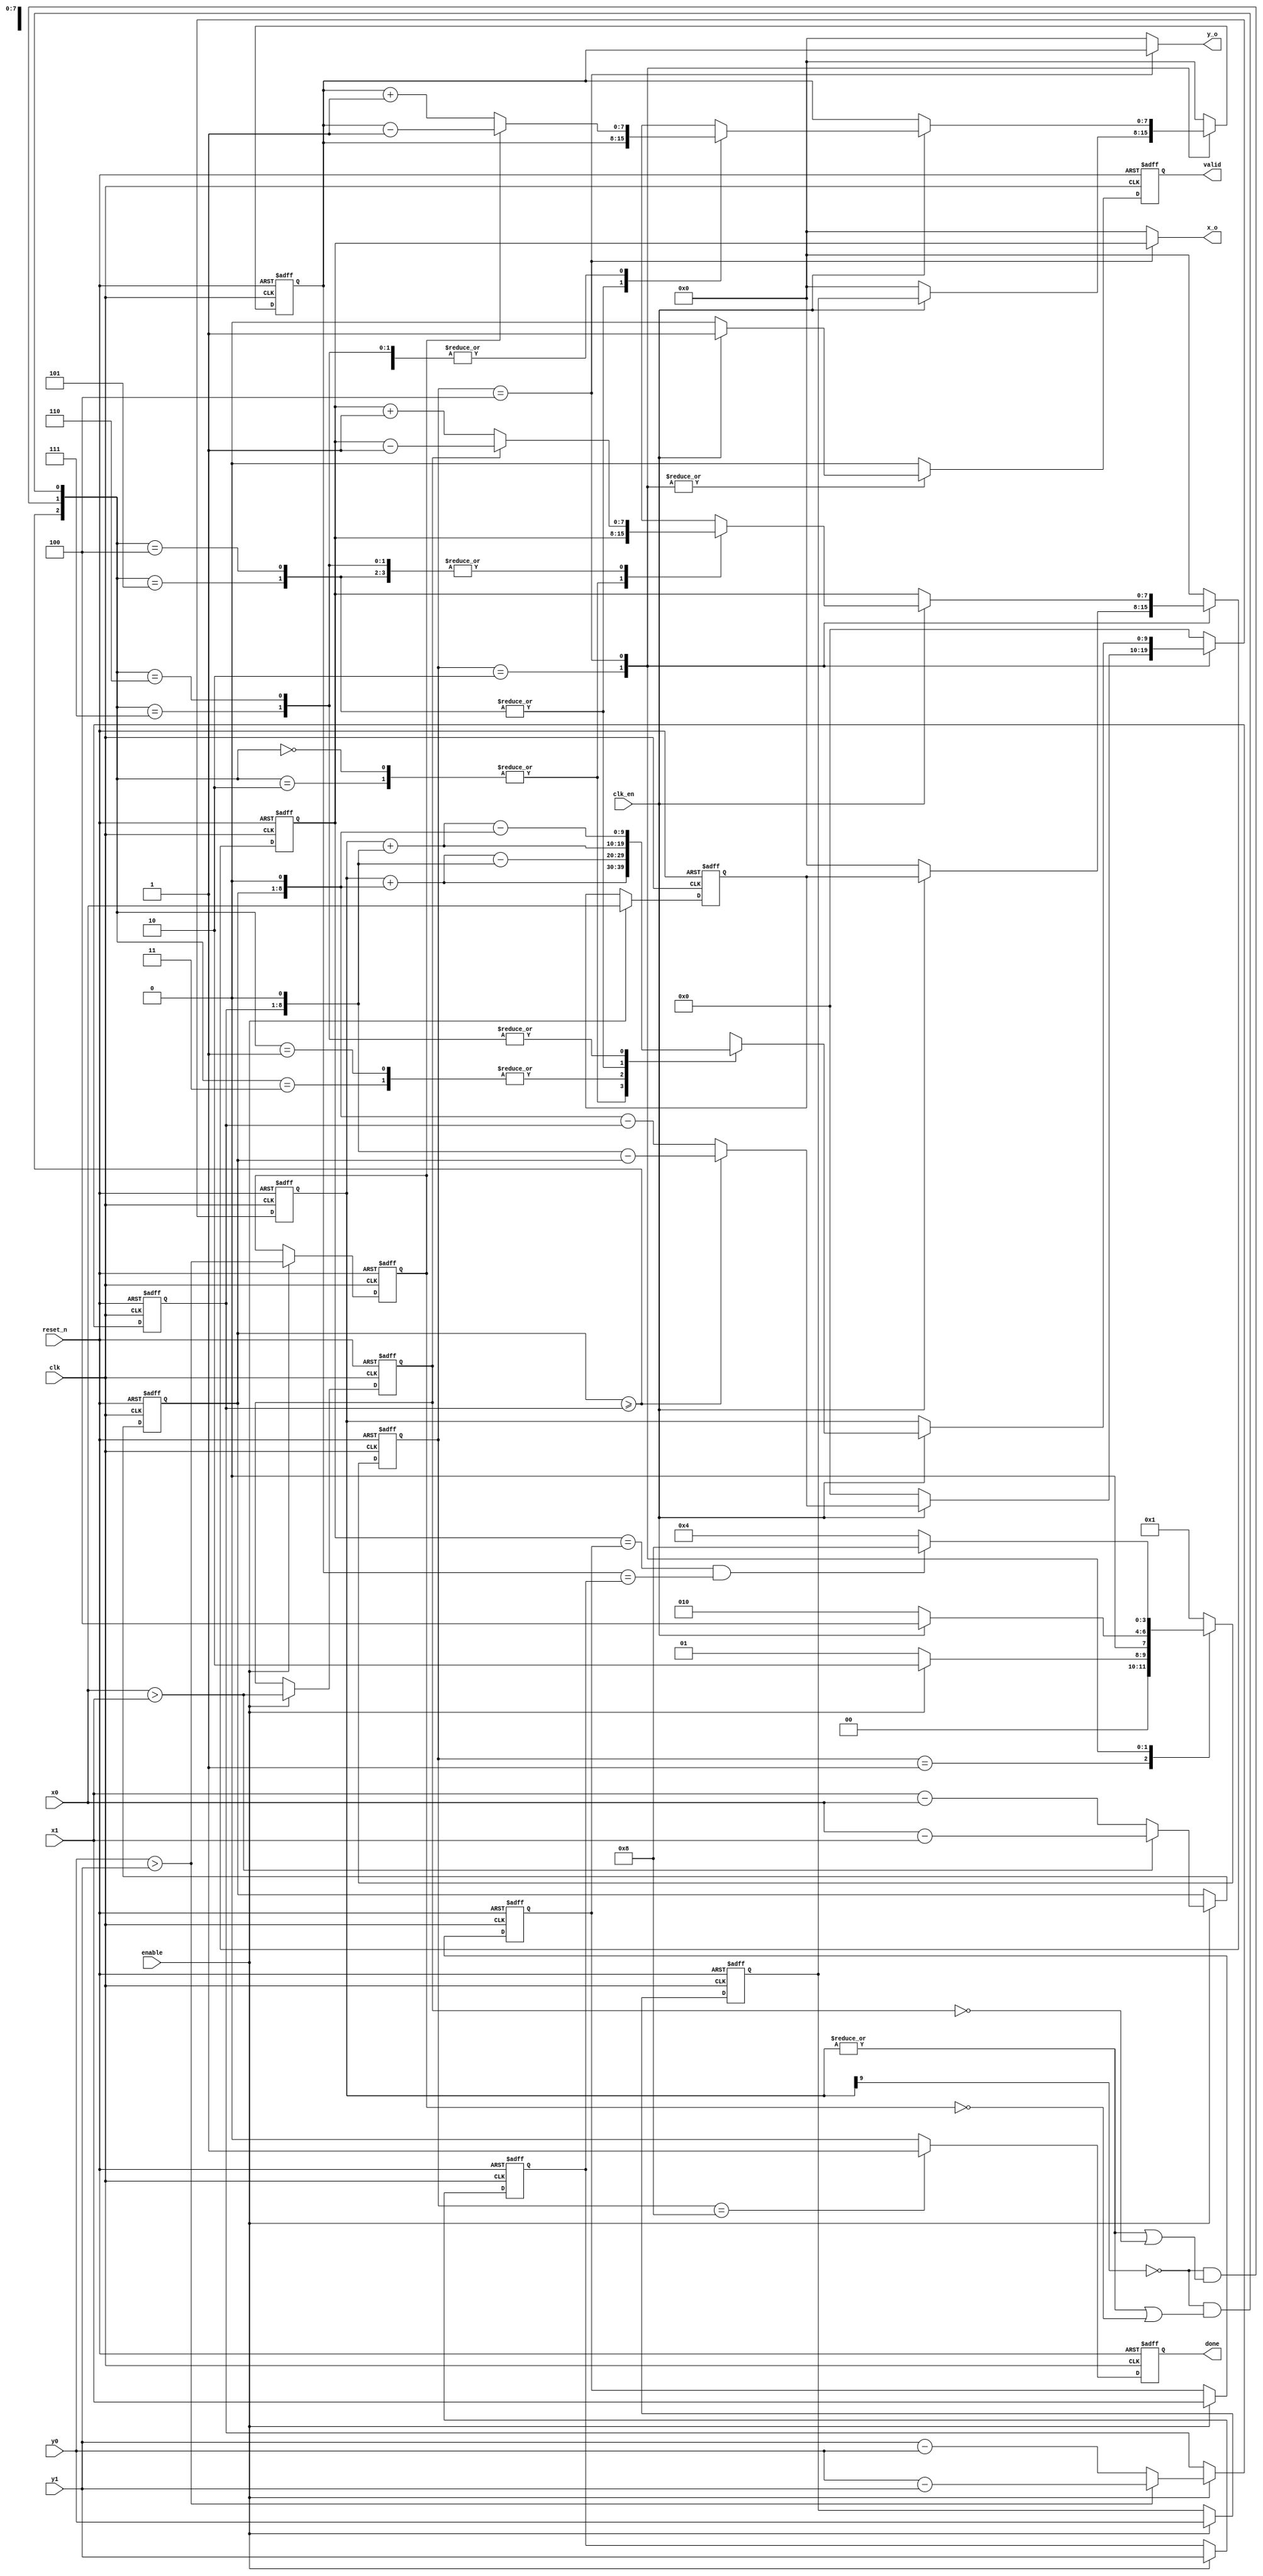
/******************************************************************************
Copyright 2017 Gnarly Grey LLC

Permission is hereby granted, free of charge, to any person obtaining a copy
of this software and associated documentation files (the "Software"), to deal
in the Software without restriction, including without limitation the rights
to use, copy, modify, merge, publish, distribute, sublicense, and/or sell
copies of the Software, and to permit persons to whom the Software is
furnished to do so, subject to the following conditions:

The above copyright notice and this permission notice shall be included in all
copies or substantial portions of the Software.

THE SOFTWARE IS PROVIDED "AS IS", WITHOUT WARRANTY OF ANY KIND, EXPRESS OR
IMPLIED, INCLUDING BUT NOT LIMITED TO THE WARRANTIES OF MERCHANTABILITY,
FITNESS FOR A PARTICULAR PURPOSE AND NONINFRINGEMENT. IN NO EVENT SHALL THE
AUTHORS OR COPYRIGHT HOLDERS BE LIABLE FOR ANY CLAIM, DAMAGES OR OTHER
LIABILITY, WHETHER IN AN ACTION OF CONTRACT, TORT OR OTHERWISE, ARISING FROM,
OUT OF OR IN CONNECTION WITH THE SOFTWARE OR THE USE OR OTHER DEALINGS IN THE
SOFTWARE.
******************************************************************************/

`timescale 1 ns/100ps

module drawline #(
  
  parameter DATA_WIDTH  = 8           //Parameter for datawidth includes co-ordinates
  
  ) (
  
  input                   clk       , //Clock input
  input                   reset_n   , //Active low reset input
  input                   clk_en    , //Clock enable to slow down output data
  
  input                   enable    , //Trigger to start the function
  
  input  [DATA_WIDTH-1:0] x0        , //Co-ordinate x0
  input  [DATA_WIDTH-1:0] y0        , //Co-ordinate y0
  input  [DATA_WIDTH-1:0] x1        , //Co-ordinate x1
  input  [DATA_WIDTH-1:0] y1        , //Co-ordinate y1
  
  output                  valid     , //Output data valid
  output                  done      , //Feedback of task completion
  
  output [DATA_WIDTH-1:0] x_o       , //X co-ordinate output
  output [DATA_WIDTH-1:0] y_o         //Y co-ordinate output
  );
  
  parameter UD = 1;  
  parameter FSM_WIDTH = 4;
  parameter IDLE = 4'b0001;
  parameter PREP = 4'b0010;
  parameter DRAW = 4'b0100;
  parameter DONE = 4'b1000;
  
  
  reg    [FSM_WIDTH-1:0]  current_state, next_state;
  
  reg    [DATA_WIDTH-1:0] x0r, y0r, x1r, y1r;
  reg    [DATA_WIDTH-1:0] delta_x, delta_y, xk, yk;
  reg    [DATA_WIDTH+1:0] error;
  
  reg                     delta_x_neg, delta_y_neg;
  
  reg                     valid_reg, done_reg;
  
  wire                    x0_gt_x1 = (x0 > x1);
  wire                    y0_gt_y1 = (y0 > y1);
  
  wire                    dx_gt_eq_dy = (delta_x[DATA_WIDTH-1:0] >= delta_y[DATA_WIDTH-1:0]);
  
  wire                    completed = ((xk==x1r) && (yk==y1r));
  
  wire                    error_pos = !error[DATA_WIDTH+1];
  wire                    error_nz  = |error;
  wire                    error_check_xm = (error_pos && (error_nz || (!delta_x_neg))); 
  wire                    error_check_ym = (error_pos && (error_nz || (!delta_y_neg)));
  
  assign                  valid = valid_reg;
  assign                  done = done_reg;
  
  assign                  x_o = (current_state == DRAW) ? xk : {DATA_WIDTH{1'b0}};
  assign                  y_o = (current_state == DRAW) ? yk : {DATA_WIDTH{1'b0}};
  
  //FSM to keep track of function activity
  always @ (posedge clk or negedge reset_n)
    begin
      if (!reset_n)
        current_state <= #UD IDLE;
      else
        current_state <= #UD next_state;  
    end
  
  always @ (current_state or enable or completed or clk_en)
    begin
      case(current_state)
        IDLE    : begin
                    if (enable)
                      next_state <= #UD PREP;
                    else
                      next_state <= #UD IDLE;                    
                  end
        PREP    : begin
			              if (clk_en)
					            next_state <= #UD DRAW;
					          else  
                      next_state <= #UD PREP;
                  end        
        DRAW    : begin
                    if (completed)
                      next_state <= #UD DONE;
                    else
                      next_state <= #UD DRAW;                    
                  end
        DONE    : begin
                    next_state <= #UD IDLE;
                  end
        default : begin
                    next_state <= #UD IDLE;
                  end        
      endcase
    end
  
  //Store necessary parameters for function in internal registers
  always @ (posedge clk or negedge reset_n)
    begin
      if (!reset_n)
        begin
          x0r <= #UD {DATA_WIDTH{1'b0}};
          y0r <= #UD {DATA_WIDTH{1'b0}};
          x1r <= #UD {DATA_WIDTH{1'b0}};
          y1r <= #UD {DATA_WIDTH{1'b0}};
          delta_x <= #UD {DATA_WIDTH{1'b0}};
          delta_y <= #UD {DATA_WIDTH{1'b0}};
          delta_x_neg <= #UD 1'b0;
          delta_y_neg <= #UD 1'b0;
        end
      else
      if (enable)
        begin
          x0r <= #UD x0;
          y0r <= #UD y0;
          x1r <= #UD x1;
          y1r <= #UD y1;
          delta_x <= #UD x0_gt_x1 ? (x0 - x1) : (x1 - x0);
          delta_y <= #UD y0_gt_y1 ? (y0 - y1) : (y1 - y0);
          delta_x_neg <= #UD x0_gt_x1;
          delta_y_neg <= #UD y0_gt_y1;          
        end
      else
        begin
          x0r <= #UD x0r;
          y0r <= #UD y0r;
          x1r <= #UD x1r;
          y1r <= #UD y1r;
          delta_x <= #UD delta_x;
          delta_y <= #UD delta_y;
          delta_x_neg <= #UD delta_x_neg;
          delta_y_neg <= #UD delta_y_neg;
        end        
    end
   
  always @ (posedge clk or negedge reset_n)
    begin
      if (!reset_n)
        begin
          error <= #UD {(DATA_WIDTH+2){1'b0}};
          xk    <= #UD {DATA_WIDTH{1'b0}};
          yk    <= #UD {DATA_WIDTH{1'b0}};           
        end
      else
        case(current_state)
          IDLE    : begin
                      error <= #UD {(DATA_WIDTH+2){1'b0}};
                      xk    <= #UD {DATA_WIDTH{1'b0}};
                      yk    <= #UD {DATA_WIDTH{1'b0}};
                    end  
          PREP    : begin
                     if (clk_en)
                      begin
                        xk    <= #UD x0r;
                        yk    <= #UD y0r;
                        if (dx_gt_eq_dy)
                          error <= #UD {1'b0, delta_y, 1'b0} - {2'b0, delta_x}; //check if any problem not dividing delta_x by 2
                        else
                          error <= #UD {1'b0, delta_x, 1'b0} - {2'b0, delta_y};                      
                      end
                    else
                      begin
                        error <= #UD {(DATA_WIDTH+2){1'b0}};
                        xk    <= #UD {DATA_WIDTH{1'b0}};
                        yk    <= #UD {DATA_WIDTH{1'b0}};						  
                      end	  
                    end
          DRAW    : begin
                      if (clk_en)
                        begin
                          case ({dx_gt_eq_dy, error_check_xm, error_check_ym})
                            3'b000,
                            3'b010  : begin
                                        error <= #UD error + {1'b0, delta_x, 1'b0};
                                        xk    <= #UD xk;
                                        yk    <= #UD delta_y_neg ? (yk - {{(DATA_WIDTH-1){1'b0}}, 1'b1}) : (yk + {{(DATA_WIDTH-1){1'b0}}, 1'b1});
                                      end 
                            3'b001,
                            3'b011  : begin
                                        error <= #UD error + {1'b0, delta_x, 1'b0} - {1'b0, delta_y, 1'b0};
                                        xk    <= #UD delta_x_neg ? (xk - {{(DATA_WIDTH-1){1'b0}}, 1'b1}) : (xk + {{(DATA_WIDTH-1){1'b0}}, 1'b1});
                                        yk    <= #UD delta_y_neg ? (yk - {{(DATA_WIDTH-1){1'b0}}, 1'b1}) : (yk + {{(DATA_WIDTH-1){1'b0}}, 1'b1});
                                      end
                            3'b100,
                            3'b101  : begin
                                        error <= #UD error + {1'b0, delta_y, 1'b0};
                                        xk    <= #UD delta_x_neg ? (xk - {{(DATA_WIDTH-1){1'b0}}, 1'b1}) : (xk + {{(DATA_WIDTH-1){1'b0}}, 1'b1});
                                        yk    <= #UD yk;
                                      end  
                            3'b110,
                            3'b111  : begin
                                        error <= #UD error + {1'b0, delta_y, 1'b0} - {1'b0, delta_x, 1'b0};
                                        xk    <= #UD delta_x_neg ? (xk - {{(DATA_WIDTH-1){1'b0}}, 1'b1}) : (xk + {{(DATA_WIDTH-1){1'b0}}, 1'b1});
                                        yk    <= #UD delta_y_neg ? (yk - {{(DATA_WIDTH-1){1'b0}}, 1'b1}) : (yk + {{(DATA_WIDTH-1){1'b0}}, 1'b1});                                  
                                      end  
                            default : begin
                                        error <= #UD error;
                                        xk    <= #UD xk;
                                        yk    <= #UD yk;
                                      end  
                          endcase
                        end
                      else
                        begin
                          error <= #UD error;
                          xk    <= #UD xk;
                          yk    <= #UD yk;
                        end                      
                    end
          DONE    : begin
                      error <= #UD {(DATA_WIDTH+2){1'b0}};
                      xk    <= #UD {DATA_WIDTH{1'b0}};
                      yk    <= #UD {DATA_WIDTH{1'b0}};
                    end          
          default : begin
                      error <= #UD {(DATA_WIDTH+2){1'b0}};
                      xk    <= #UD {DATA_WIDTH{1'b0}};
                      yk    <= #UD {DATA_WIDTH{1'b0}};
                    end
        endcase        
    end

  //Handle valid and done signal
  always @ (posedge clk or negedge reset_n)
    begin
      if (!reset_n)
        begin
          valid_reg <= #UD 1'b0;
          done_reg  <= #UD 1'b0;
        end
      else
        begin
          case (current_state)
            IDLE    : begin
                        valid_reg <= #UD 1'b0;
                        done_reg  <= #UD 1'b0;           
                      end            
            PREP    : begin
				                if (clk_en)
                          valid_reg <= #UD 1'b1;
						            else
						              valid_reg <= #UD 1'b0;
                        done_reg  <= #UD 1'b0;
                      end
            DRAW    : begin
                        if (clk_en)
                          valid_reg <= #UD 1'b1;
                        else
                          valid_reg <= #UD 1'b0;                        
                        done_reg  <= #UD 1'b0;            
                      end
            DONE    : begin
                        valid_reg <= #UD 1'b0;
                        done_reg  <= #UD 1'b1;            
                      end
            default : begin
                        valid_reg <= #UD 1'b0;
                        done_reg  <= #UD 1'b0;            
                      end
          endcase
        end        
    end    

endmodule